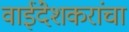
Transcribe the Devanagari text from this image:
वाईंदेशकरांचा